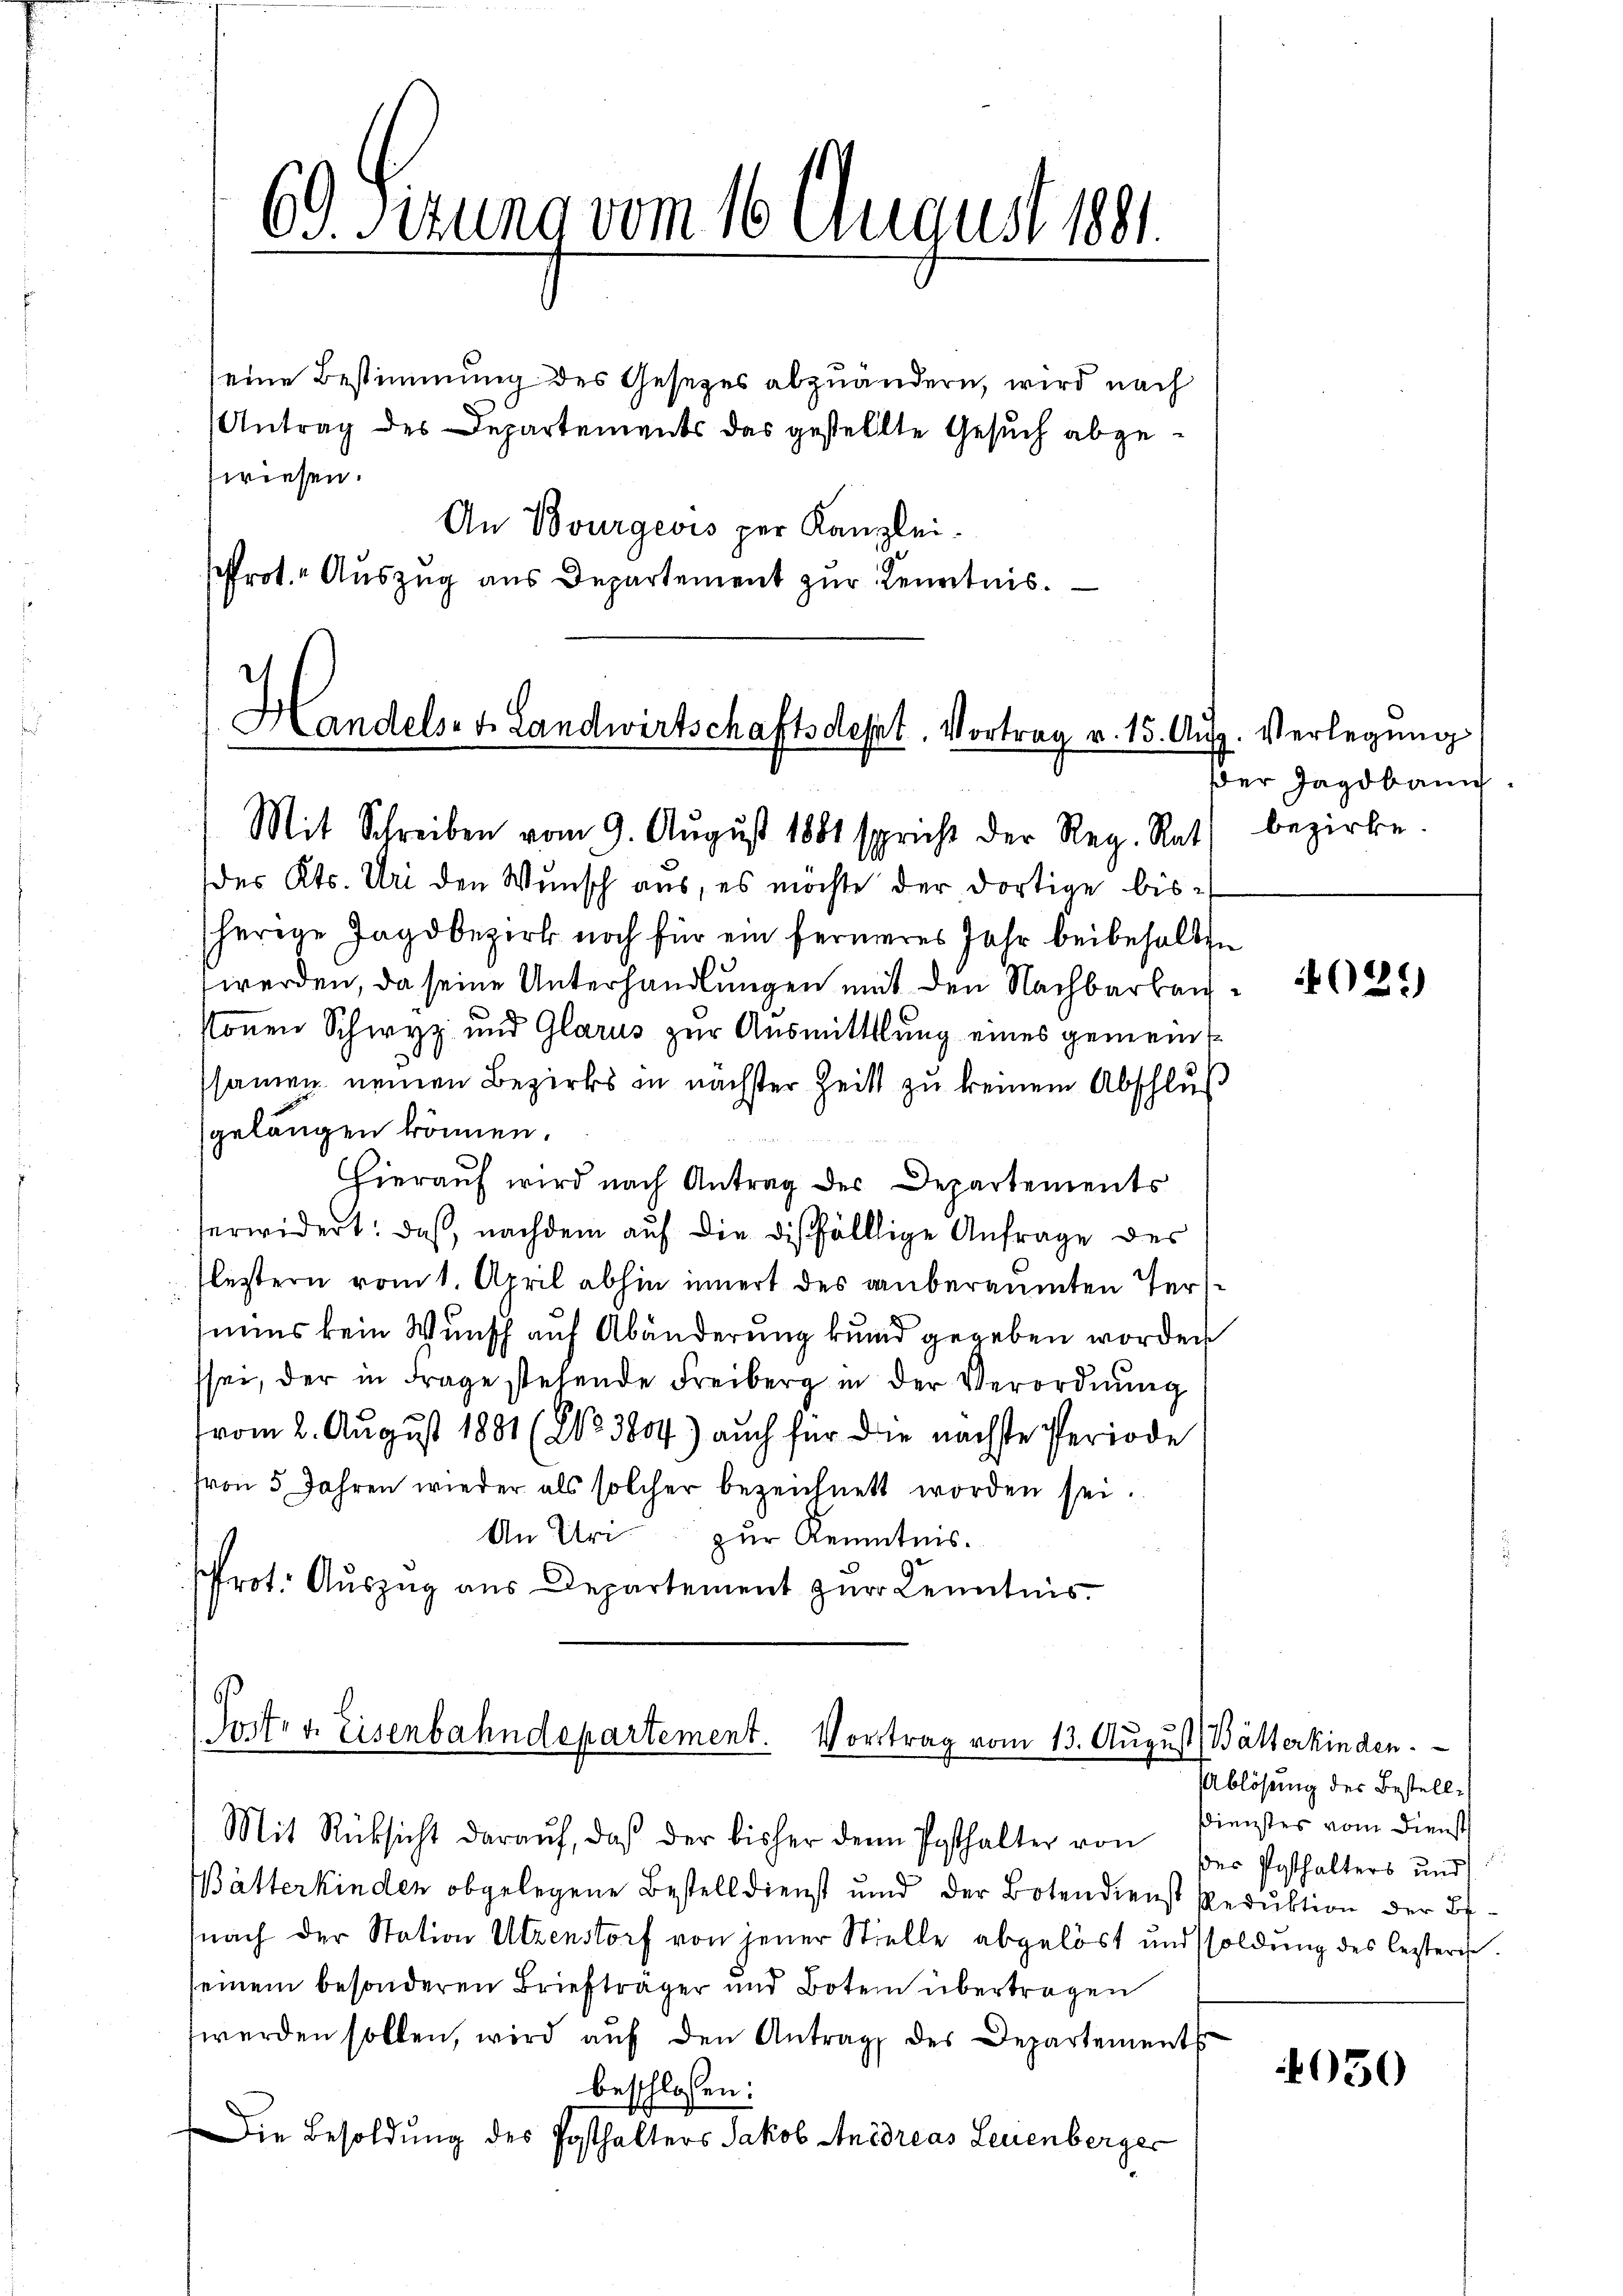
69. Ferung vom 16. August 1891.

eine Bestimmung des Gesetzes abzuändern, wird nach
Antrag des Departements das gestellte Gesuch abgewiesen.
An Bourgeois per Kanzlei.
sfrot. Auszug aus Departement zur Kenntnis.

Handels- u. Landwirtschaftsdest. Vortrag v. 15. Au

Mit Schreiben vom 9. Aŭgŭst 1881 spricht der Reg. Rath bezirke.

des Kts. Uri den Wunsch aus, es möchte der dortige bissherige Jagdbezirk noch für ein ferneres Jahr beibehalten
werden, da seine Unterhandlungen mit den Nachbarbausonnen Schwyz und Glarus zur Ausmittlung eines gemeinsssamen neuen Bezirks in nächster Zeit zu keinem Abschlus
gelangen können.
Hierauf wird nach Antrag des Departements
erwidert: daß, nachdem auf die dießfälllige Anfrage des
Flestern vom 1. April abhin innert des anberaumten Terssiums kein Wunsch auf Abänderung kund gegeben worden
sei, der in Frage stehende Freiberg in der Verordnŭng
vom 2. August 1881 (203804) auch für die nächste Periode
(von 5 Jahren wieder als solcher bezeichnett worden sei.
An Uri zur Kenntnis.
Prot. Auszug aus Departement zur Kenntnis.

Torte v. Eisenbahndepartement. Vortrag vom 13. August Bätterkinden.

ätterkinden obgelegene Bestelldienst und der Botendienst Reduktion der Be¬
(nach der Station Utzenstorf von jener Stielle abgelöst und soldung des lezteres
seinem besonderen Briefträger und Boten übertragen
werden sollen, wird aŭf den Antrag des Departements
beschlossen:
Die Besoldung des Posthalters Jakob Andreas Leuenberger

Mit Rücksicht daraŭf, daß der bisher den Posthalter von der Posthalters und

J. Verlegung
er Jagdbann

O2*)

Ablösung des Bestell
Dienstes vom Dienst

4050